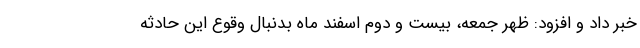
خبر داد و افزود: ظهر جمعه، بیست و دوم اسفند ماه بدنبال وقوع این حادثه